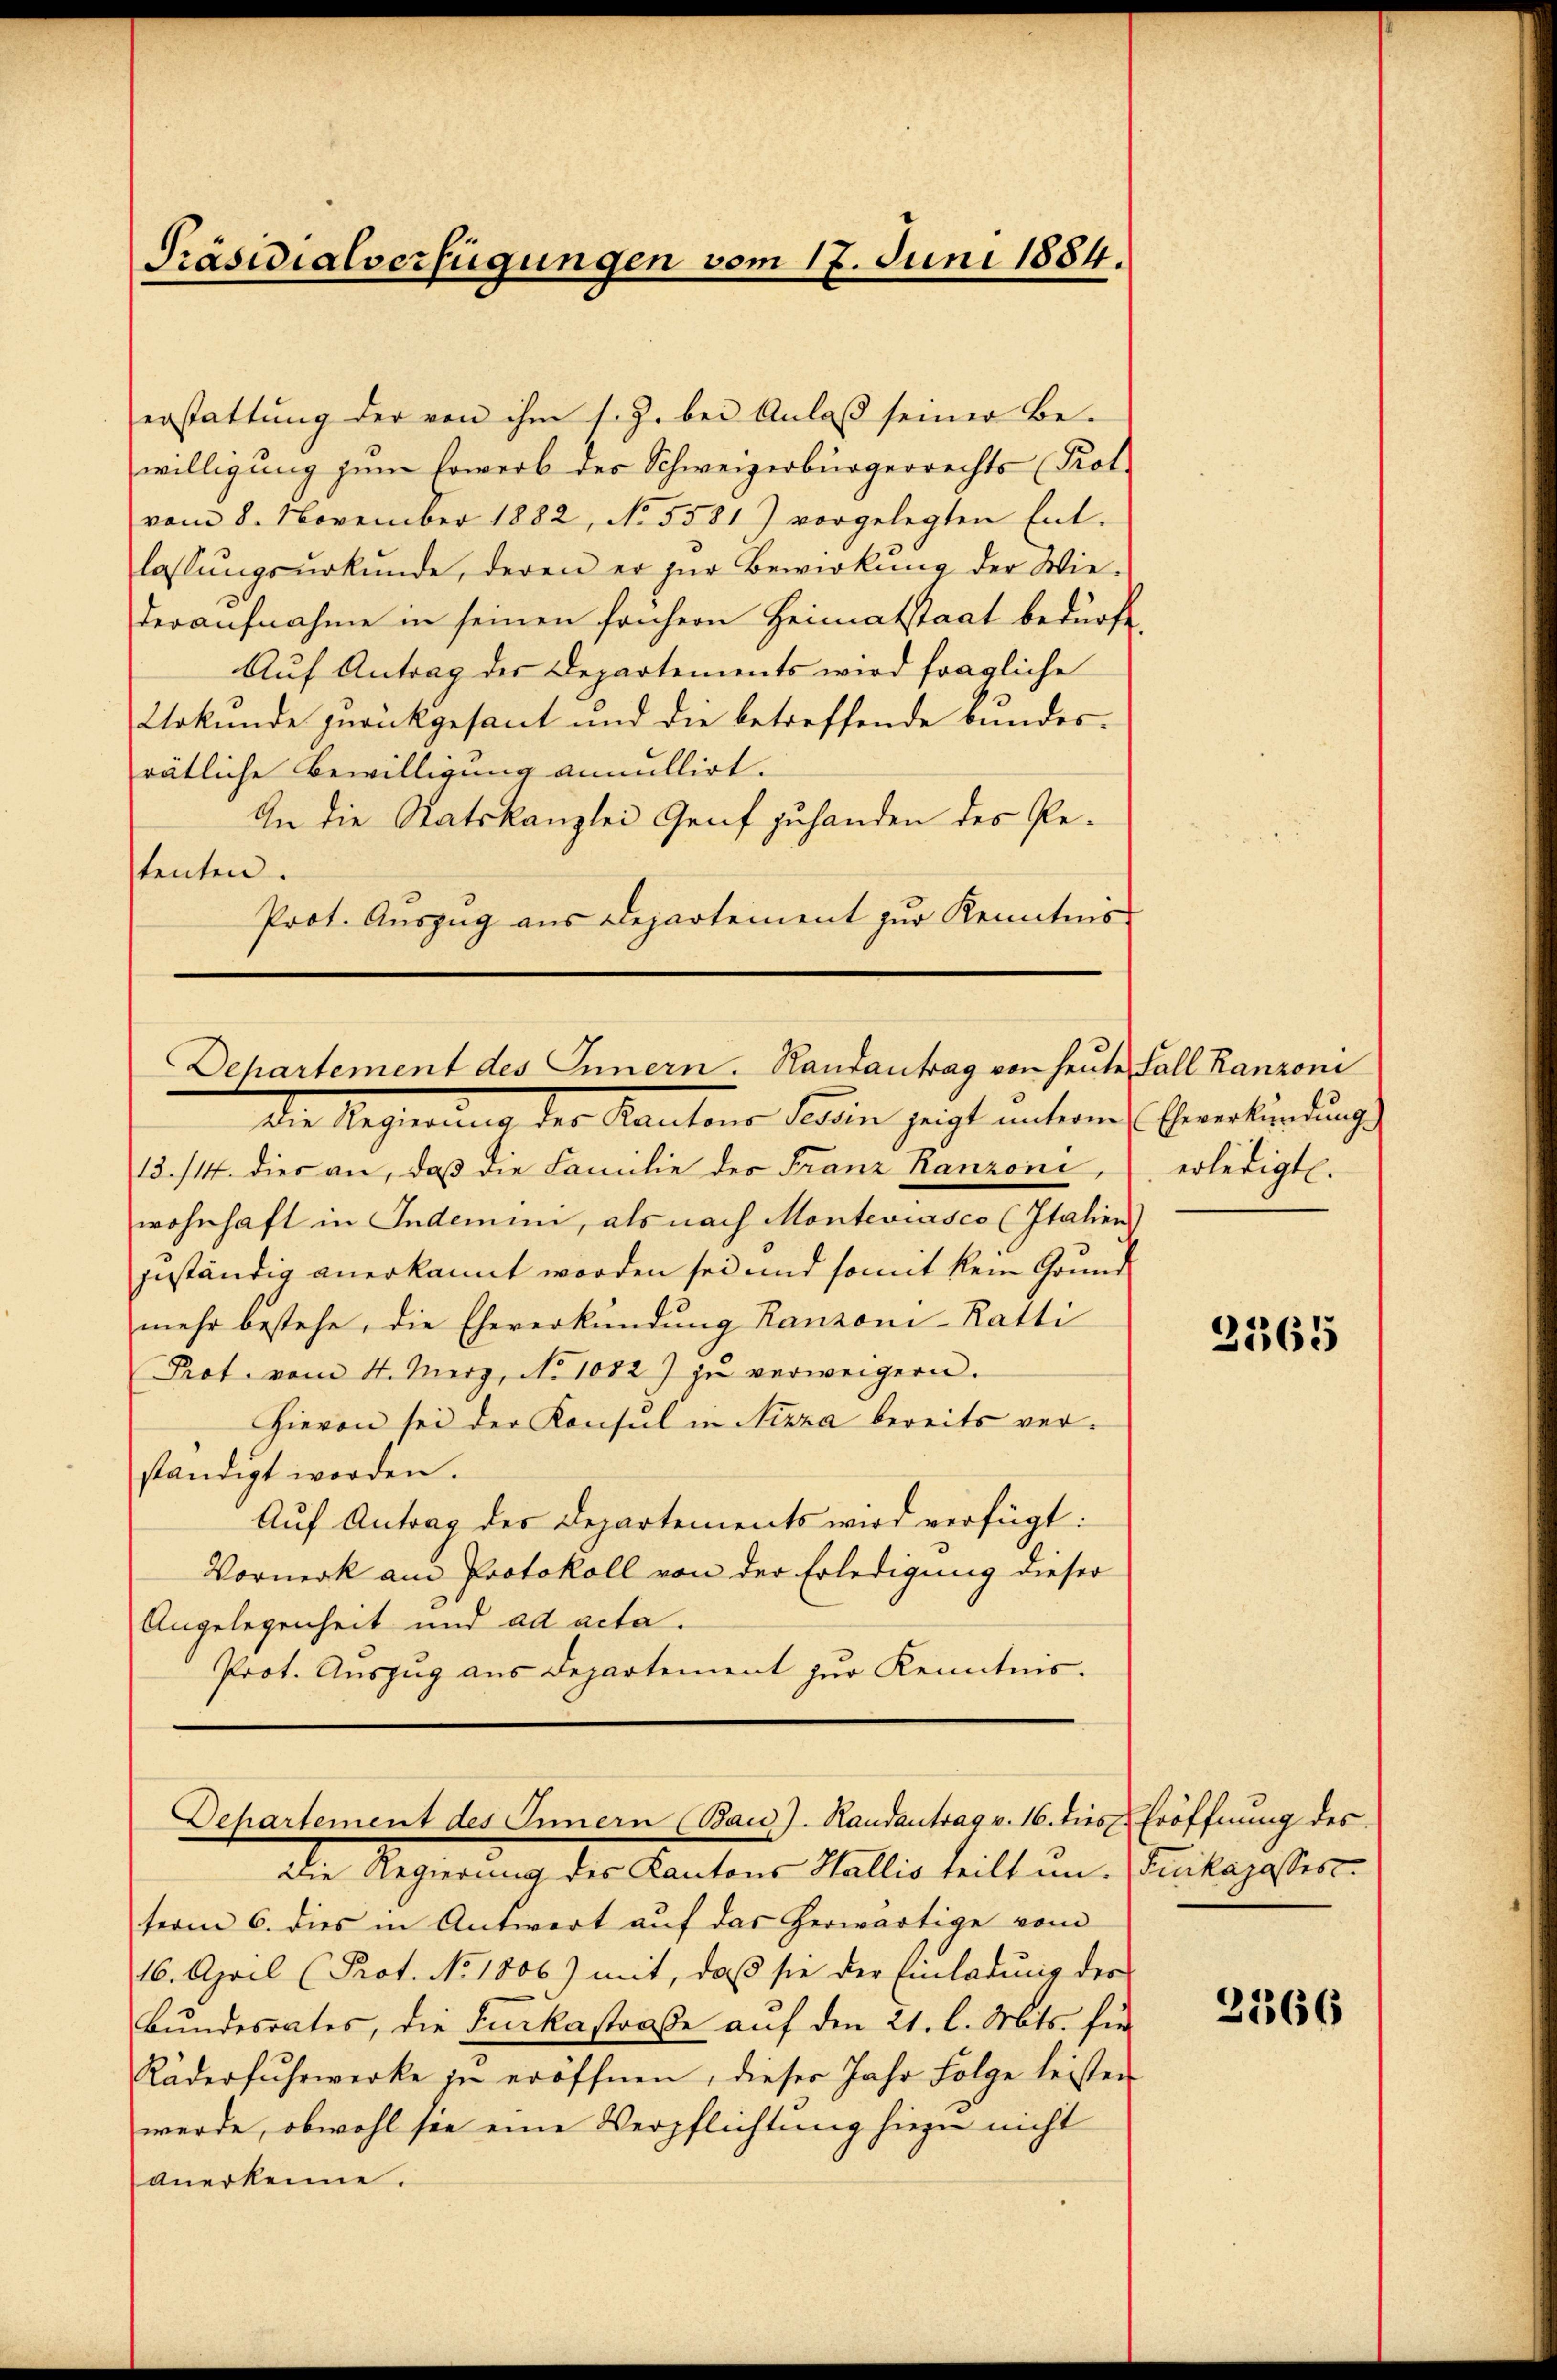
Präsidialverfügungen vom 17. Juni 1884.

erstattung der von ihm s. Z. bei Anlaß seiner Be-
willigung zum sowerb des Schweizerbürgerrechts (Prot
vom 8. November 1882, No 5581) vorgelegten Ent-
lassŭngsŭrkŭnde, deren er zŭr Bewirkŭng der Wie-
deraufnahme in seinen frühern Heimatstaat bedürfe.
Auf Antrag der Departements wird fragliche
Urkunde zurückgesant und die betreffende Bundes-
rätliche Bewilligung annullirt.
An die Statskanzlei Genf zuhanden des Petenten.
Prot. Auszug aus Departement zur Kenntnis

Dehartement des Innern. Handantrag von heute Fall Ranzoni

Departement des Innern (Baid). Randantrag v. 16. diese Eröffnung des

erledigt.

Die Regierung der Kantons Saum zeigt untern Ererbindung
13./14. dies an, daß die Familie der Franz Ranzoni,
wohnhaft in Indemini, als nach Monteviasco (Italien)
geständig anerkannt worden sei und somit kein Grund
mehr bestehe, die Eheverkündung Ranzoni-Ratti
Prot. vom 4. Merz, No 1082) zŭ verweigern.
Hievon sei der Konsul in Nizza bereits verständigt worden.
Auf Antrag des Departements wird verfügt:
Vormerk am Protokoll von der Erledigung dieser
Angelegenheit und ad acta.
Prot. Auszug aus Departement zur Kenntnis.

die Regierung der Kantons Stallis teilt im Tritagestern
term 6. dies in Antwort auf das herwärtige vom
16. April (Prot. No 1806) mit, daβ sie der Einladŭng der
Bundesrates, die Furkastraße auf den 21. l. Mts. für
Räderfŭhrwerke zu eröffnen, dieser Jahr Folge leisten
werde, obwohl sie eine Verpflichtung hiezu nicht
anerkenne.

2365

2366